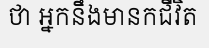
ថា អ្នកនឹងមានកជីវិត